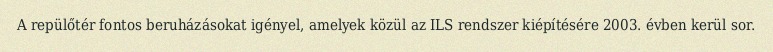
A repülőtér fontos beruházásokat igényel, amelyek közül az ILS rendszer kiépítésére 2003. évben kerül sor.